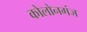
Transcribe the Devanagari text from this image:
कोलोनगंज